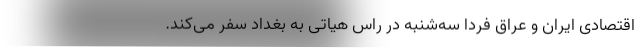
اقتصادی ایران و عراق فردا سه‌شنبه در راس هیاتی به بغداد سفر می‌کند.